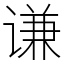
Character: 谦